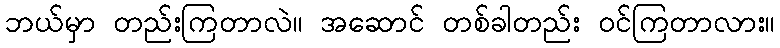
ဘယ်မှာ တည်းကြတာလဲ။ အဆောင် တစ်ခါတည်း ဝင်ကြတာလား။